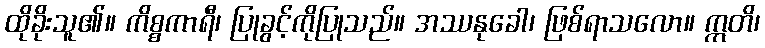
ထိုခိုးသူ၏။ ကိစ္စကာရီ၊ ပြုခွင့်ကိုပြုသည်။ အဿနုခေါ၊ ဖြစ်ရာသလော။ ဣတိ၊